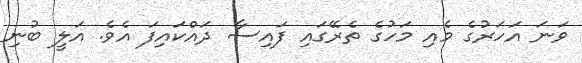
ވަނަ އަހަރުގެ މެއި މަހުގެ ތެރޭގައި ފައިސާ ދައްކައިފަ އެވެ. އަލީ ބުނި